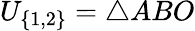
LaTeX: U_{\{ 1,2\} }=\triangle ABO